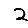
Digit: 2